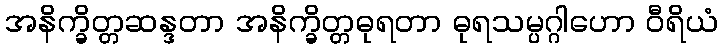
အနိက္ခိတ္တဆန္ဒတာ အနိက္ခိတ္တဓုရတာ ဓုရသမ္ပဂ္ဂါဟော ဝီရိယံ